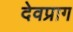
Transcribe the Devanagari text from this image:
देवप्राग